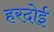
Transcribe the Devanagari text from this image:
हरदाेई